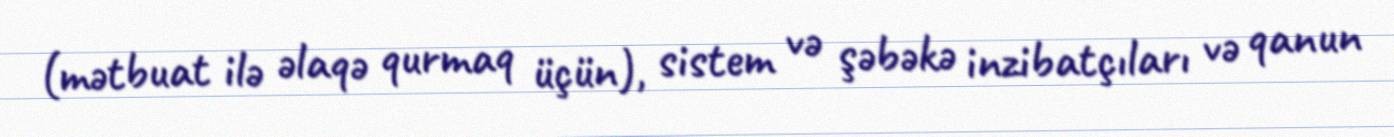
(mətbuat ilə əlaqə qurmaq üçün), sistem və şəbəkə inzibatçıları və qanun